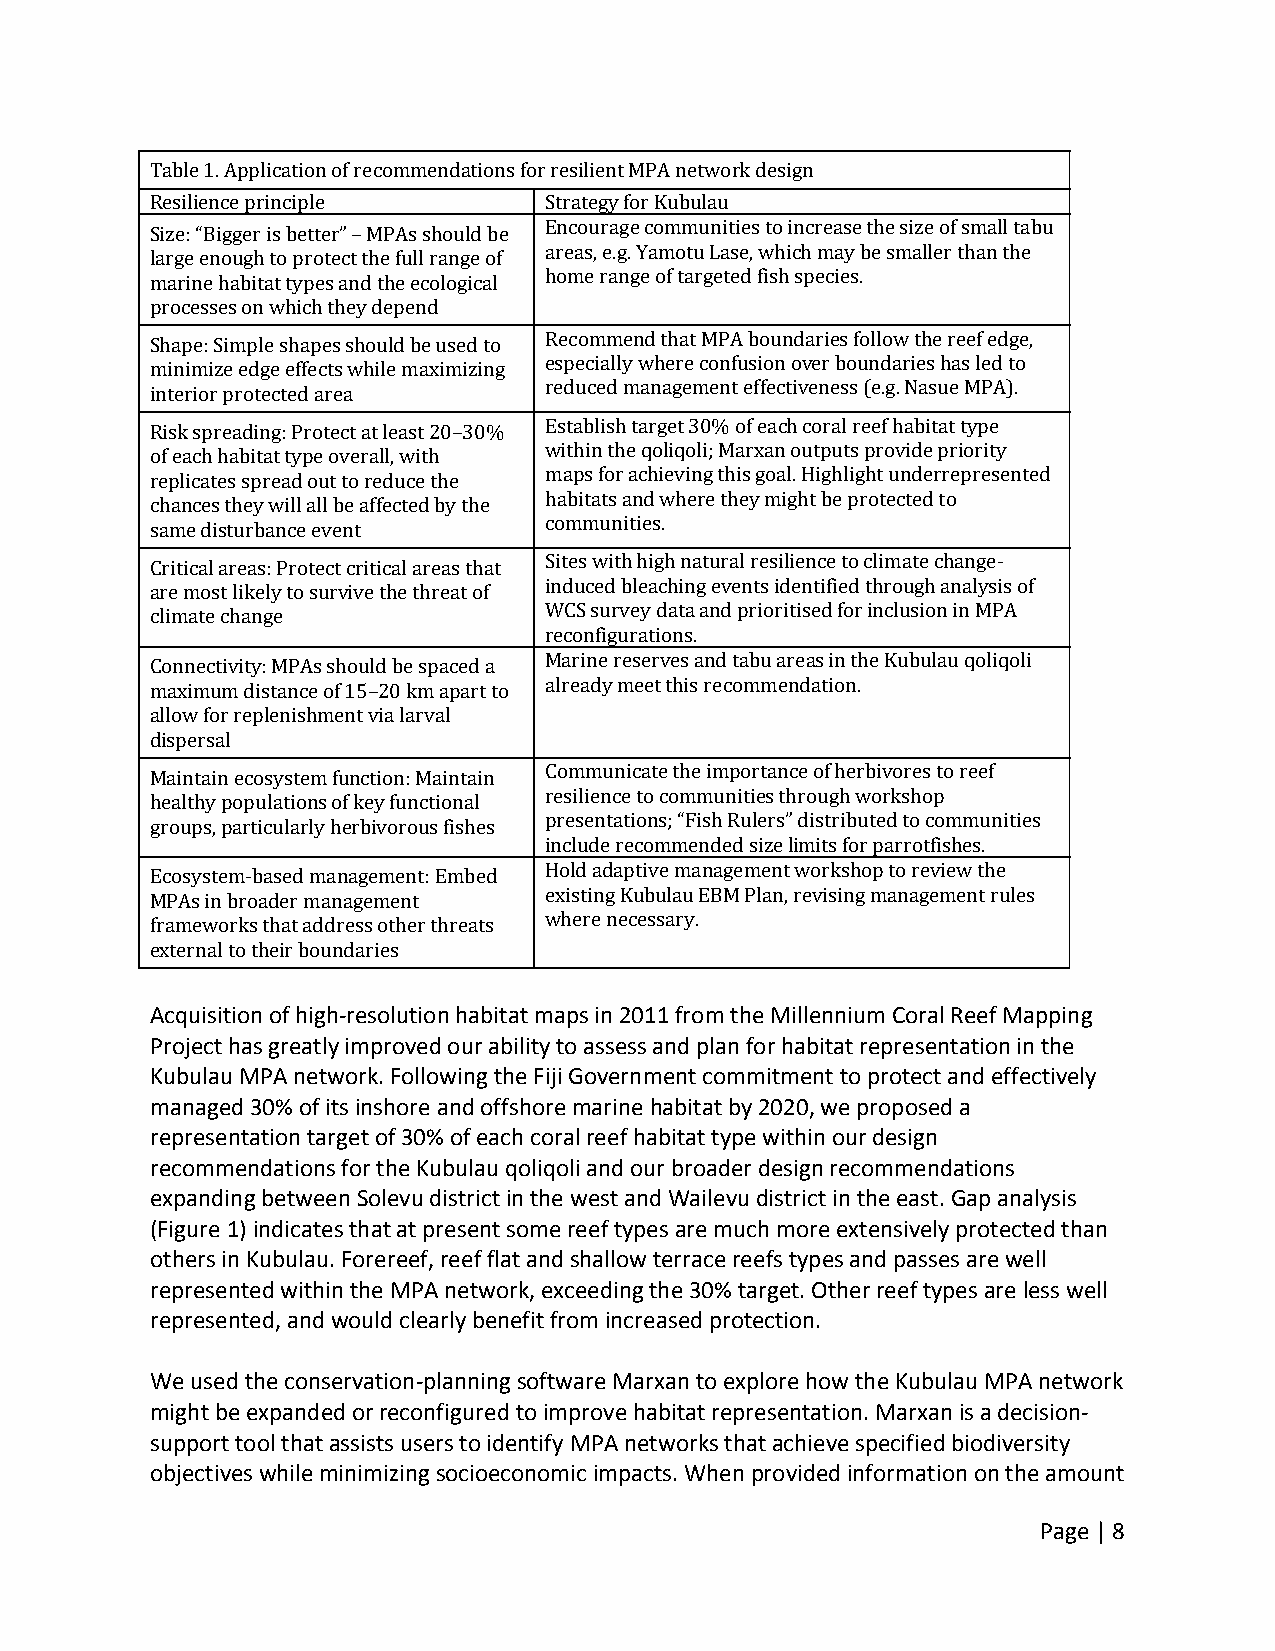
Table 1. Application of recommendations for resilient MPA network design
 Resilience principle      Strategy for Kubulau
 Size: “Bigger is better” – MPAs should be Encourage communities to increase the size of small tabu
 large enough to protect the full range of areas, e.g. Yamotu Lase, which may be smaller than the
 marine habitat types and the ecological home range of targeted fish species.
 processes on which they depend
 Shape: Simple shapes should be used to Recommend that MPA boundaries follow the reef edge,
 minimize edge effects while maximizing especially where confusion over boundaries has led to
 interior protected area   reduced management effectiveness (e.g. Nasue MPA).
 Risk spreading: Protect at least 20–30% Establish target 30% of each coral reef habitat type
 of each habitat type overall, with within the qoliqoli; Marxan outputs provide priority
 replicates spread out to reduce the maps for achieving this goal. Highlight underrepresented
 chances they will all be affected by the habitats and where they might be protected to
 same disturbance event    communities.
 Critical areas: Protect critical areas that Sites with high natural resilience to climate change‐
 are most likely to survive the threat of induced bleaching events identified through analysis of
 climate change            WCS survey data and prioritised for inclusion in MPA
 reconfigurations.
 Connectivity: MPAs should be spaced a Marine reserves and tabu areas in the Kubulau qoliqoli
 maximum distance of 15–20 km apart to already meet this recommendation.
 allow for replenishment via larval
 dispersal
 Maintain ecosystem function: Maintain Communicate the importance of herbivores to reef
 healthy populations of key functional resilience to communities through workshop
 groups, particularly herbivorous fishes presentations; “Fish Rulers” distributed to communities
 include recommended size limits for parrotfishes.
 Ecosystem‐based management: Embed Hold adaptive management workshop to review the
 MPAs in broader management existing Kubulau EBM Plan, revising management rules
 frameworks that address other threats where necessary.
 external to their boundaries
 Acquisition of high‐resolution habitat maps in 2011 from the Millennium Coral Reef Mapping
 Project has greatly improved our ability to assess and plan for habitat representation in the
 Kubulau MPA network. Following the Fiji Government commitment to protect and effectively
 managed 30% of its inshore and offshore marine habitat by 2020, we proposed a
 representation target of 30% of each coral reef habitat type within our design
 recommendations for the Kubulau qoliqoli and our broader design recommendations
 expanding between Solevu district in the west and Wailevu district in the east. Gap analysis
 (Figure 1) indicates that at present some reef types are much more extensively protected than
 others in Kubulau. Forereef, reef flat and shallow terrace reefs types and passes are well
 represented within the MPA network, exceeding the 30% target. Other reef types are less well
 represented, and would clearly benefit from increased protection.
 We used the conservation‐planning software Marxan to explore how the Kubulau MPA network
 might be expanded or reconfigured to improve habitat representation. Marxan is a decision‐
 support tool that assists users to identify MPA networks that achieve specified biodiversity
 objectives while minimizing socioeconomic impacts. When provided information on the amount
 Page | 8